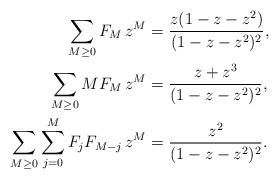
LaTeX: \begin{align*} \sum_{M\geq0}F_M\,z^M&=\frac{z(1-z-z^2)}{(1-z-z^2)^2}, \\\sum_{M\geq0}MF_M\,z^M& =\frac{z+z^3}{(1-z-z^2)^2}, \\\sum_{M\geq0}\sum_{j=0}^MF_jF_{M-j}\,z^M&=\frac{z^2}{(1-z-z^2)^2}.\end{align*}